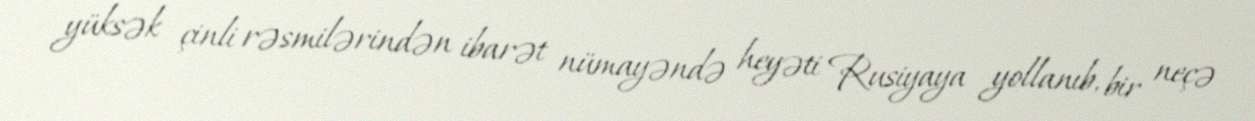
yüksək çinli rəsmilərindən ibarət nümayəndə heyəti Rusiyaya yollanıb, bir neçə